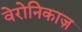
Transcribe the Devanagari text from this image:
वेरोनिकाज़